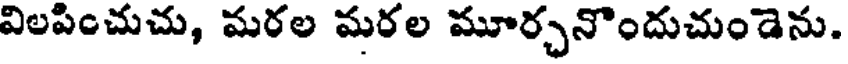
విలపించుచు, మరల మరల మూర్చనొందుచుండెను.